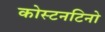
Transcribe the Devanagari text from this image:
कोस्टनटिनो